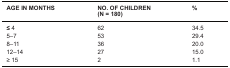
<table><thead><tr><td><b>AGE IN MONTHS</b></td><td><b>NO. OF CHILDREN (N = 180)</b></td><td><b>%</b></td></tr></thead><tbody><tr><td><b>≤</b> 4</td><td>62</td><td>34.5</td></tr><tr><td>5–7</td><td>53</td><td>29.4</td></tr><tr><td>8–11</td><td>36</td><td>20.0</td></tr><tr><td>12–14</td><td>27</td><td>15.0</td></tr><tr><td>≥ 15</td><td>2</td><td>1.1</td></tr></tbody></table>